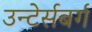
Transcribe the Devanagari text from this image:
उन्टेर्सबर्ग